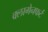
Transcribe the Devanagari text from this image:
क्लागेनफर्ट